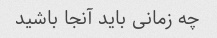
چه زمانی باید آنجا باشید